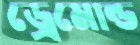
ড্রেমোন্ড